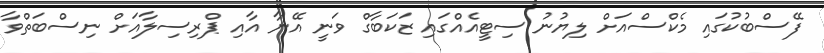
ފޭސްބުކުގައި މެކްސްއަށް ލިޔުނު ސިޓީއެއްގައި ޒަކަބާގް ވަނީ އޭނާ އާއި ޕްރިސިލާއަށް ނިސްބަތްވާ